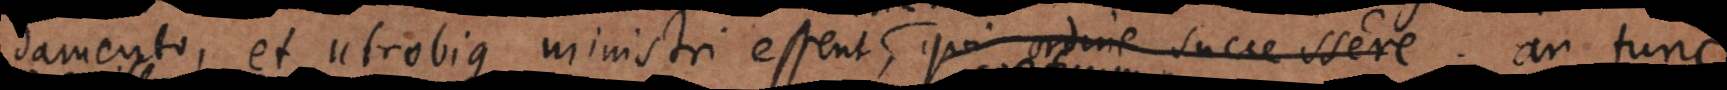
damento, et utrobique ministri essent, qui ordine successere; rite m